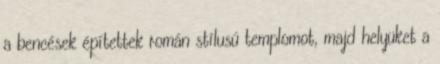
a bencések építettek román stílusú templomot, majd helyüket a